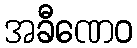
အခီဏေဝ